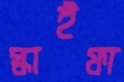
স্কাইফা